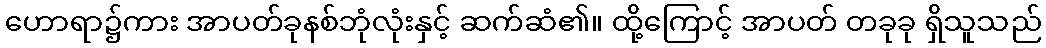
ဟောရာ၌ကား အာပတ်ခုနစ်ဘုံလုံးနှင့် ဆက်ဆံ၏။ ထို့ကြောင့် အာပတ် တခုခု ရှိသူသည်